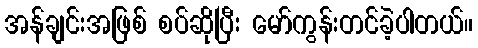
အန်ချင်းအဖြစ် စပ်ဆိုပြီး မော်ကွန်းတင်ခဲ့ပါတယ်။